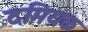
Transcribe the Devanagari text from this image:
दमियक